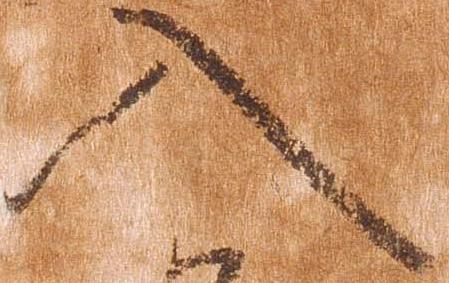
入